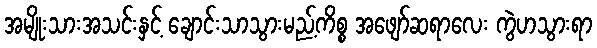
အမျိုးသားအသင်းနှင့် ချောင်းသာသွားမည့်ကိစ္စ အဖျော်ဆရာလေး ကွဲဟသွားရာ